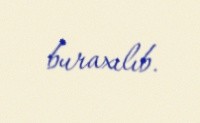
buraxılıb.